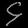
Digit: ၄